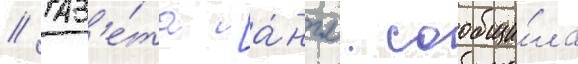
// Газ'е́та [а́нгл. сообщи́ла